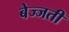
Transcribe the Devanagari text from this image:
बेज्जती